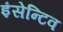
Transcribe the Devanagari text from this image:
इंसेन्टिव